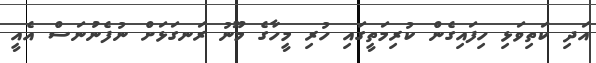
އަދި ކަތިވަޅި ހިފައިގެން ކުރިމަތީގައި ހުރި މީހާގެ މޫނު ރަނގަޅަށް ނުފެނުނަސް އެއީ